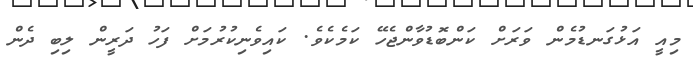
މިއީ އަޅުގަނޑުމެން ވަރަށް ކަންބޮޑުވާންޖެހޭ ކަމެކެވެ. ކައިވެނިކުރުމަށް ފަހު ދަރީން ލިބި ދެން